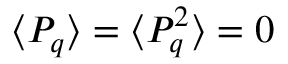
\langle P _ { q } \rangle = \langle P _ { q } ^ { 2 } \rangle = 0